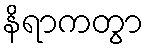
နိရာကတွာ